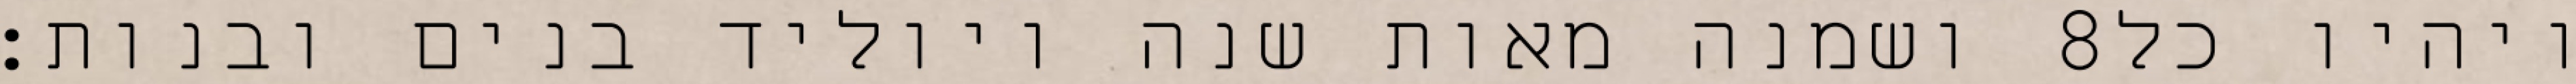
ושמנה מאות שנה ויוליד בנים ובנות׃ ‎8‏ ויהיו כל